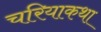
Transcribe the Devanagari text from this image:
चरियाकथा